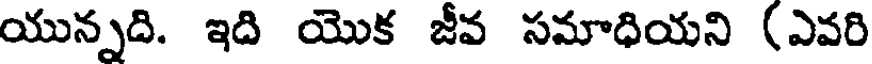
యున్నది. ఇది యొక జీవ సమాధియని (ఎవరి